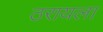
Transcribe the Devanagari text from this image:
ठरायला